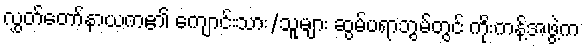
လွှတ်တော်နာယက၏ ကျောင်းသား/သူများ ဆွမ်ပရာဘွမ်တွင် ကိုးကန့်အဖွဲ့က